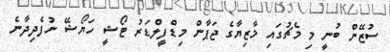
ސުޒޭން ބުނީ މި މެޗުގައި މާޒިޔާގެ ޖަޕާން މިޑްފީލްޑަރު ޓޯޝީ ހަޔޯޝޭ ނުފެދިދާނެ